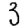
Digit: 3